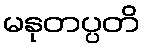
မနုတပ္ပတိ